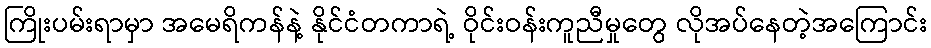
ကြိုးပမ်းရာမှာ အမေရိကန်နဲ့ နိုင်ငံတကာရဲ့ ဝိုင်းဝန်းကူညီမှုတွေ လိုအပ်နေတဲ့အကြောင်း